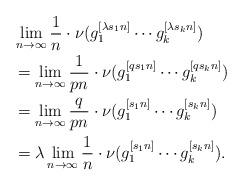
LaTeX: \begin{align*}&\lim_{n\to\infty}\frac{1}{n}\cdot\nu(g_1^{[\lambda s_1n]}\cdots g_k^{[\lambda s_kn]})\\&=\lim_{n\to\infty}\frac{1}{pn}\cdot\nu(g_1^{[q s_1n]}\cdots g_k^{[q s_kn]})\\&=\lim_{n\to\infty}\frac{q}{pn}\cdot\nu(g_1^{[s_1n]}\cdots g_k^{[s_kn]})\\&=\lambda\lim_{n\to\infty}\frac{1}{n}\cdot\nu(g_1^{[s_1n]}\cdots g_k^{[s_kn]}).\\\end{align*}